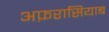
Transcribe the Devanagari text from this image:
अफ़रासियाब